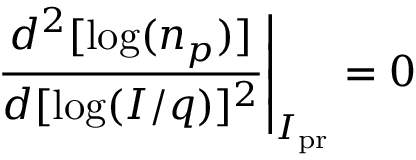
\left. \frac { d ^ { 2 } [ \log ( n _ { p } ) ] } { d [ \log ( I / q ) ] ^ { 2 } } \right| _ { I _ { \mathrm { p r } } } = 0